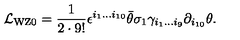
{ \cal L } _ { \mathrm { W Z } 0 } = { \frac { 1 } { 2 \cdot 9 ! } } \epsilon ^ { i _ { 1 } \ldots i _ { 1 0 } } \bar { \theta } \sigma _ { 1 } \gamma _ { i _ { 1 } \ldots i _ { 9 } } \partial _ { i _ { 1 0 } } \theta .